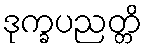
ဒုက္ခပညတ္တိ